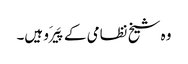
وہ شیخ نظامی کے پَیرَو ہیں۔